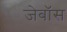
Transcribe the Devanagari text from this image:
जेबॉस